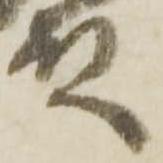
殿